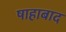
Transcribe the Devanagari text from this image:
षाहाबाद